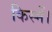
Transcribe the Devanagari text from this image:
किस्में।